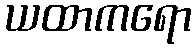
ယထာကရော